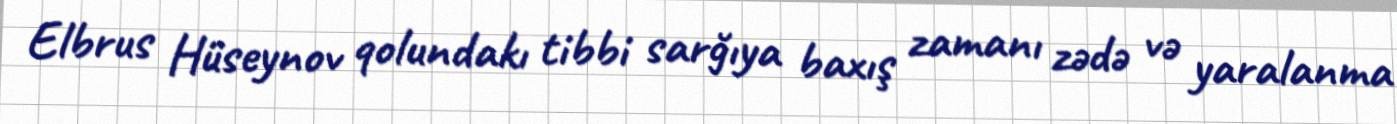
Elbrus Hüseynov qolundakı tibbi sarğıya baxış zamanı zədə və yaralanma